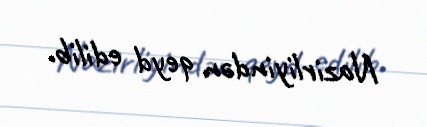
Nazirliyindən qeyd edilib.